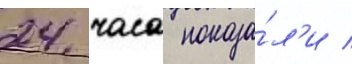
24 часа показа́л'и /